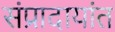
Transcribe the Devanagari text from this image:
संप्रादायांत